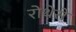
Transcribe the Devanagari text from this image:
रोथेसे